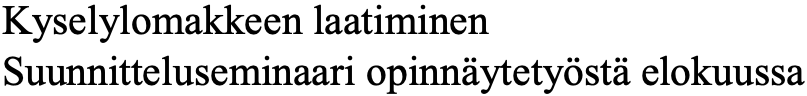
Kyselylomakkeen laatiminen Suunnitteluseminaari opinnäytetyöstä elokuussa